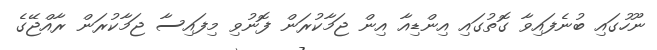
ނޫހުގައި ބުނެފައިވާ ގޮތުގައި އިންޑިއާ އިން ޖަމާކުރަން ފޮނުވި މިފައިސާ ޖަމާކުރަން ރާއްޖޭގެ